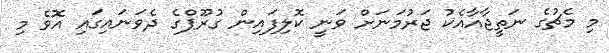
މި މެޗުގެ ނަތީޖާއާއެކު ޖަރުމަނަށް ވަނީ ކޮލިފައިން ގުރޫޕްގެ ދެވަނައިގައި އޮވެ މި